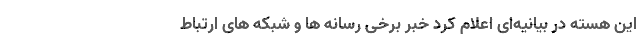
این هسته در بیانیه‌ای اعلام کرد خبر برخی رسانه ها و شبکه های ارتباط